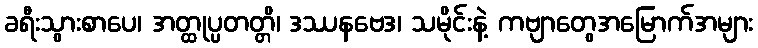
ခရီးသွားစာပေ၊ အတ္ထုပ္ပတတ္တိ၊ ဒဿနဗေဒ၊ သမိုင်းနဲ့ ကဗျာတွေအမြောက်အများ